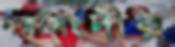
নরসিংদীর